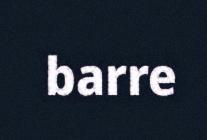
barre